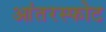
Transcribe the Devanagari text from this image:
आंतरस्फोट